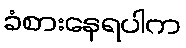
ခံစားနေရပါက